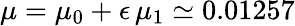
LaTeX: \mu=\mu_{0}+\epsilon\, \mu_{1}\simeq 0.01257